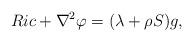
LaTeX: \begin{align*}Ric+\nabla^2 \varphi=(\lambda+\rho S)g,\end{align*}